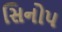
સિનોપ